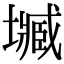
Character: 𡒤